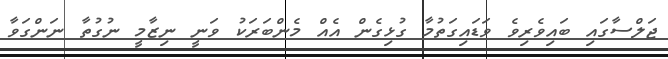
ޖަލްސާގައި ބައިވެރިވެ ވަޑައިގަތުމާ ގުޅިގެން އެއް މެންބަރަކު ވަނީ ނިޒާމީ ނުގުތާ ނަންގަވާ